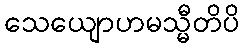
သေယျောဟမသ္မီတိပိ